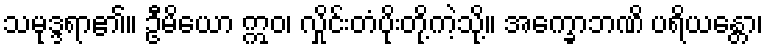
သမုဒ္ဒရာ၏။ ဦမိယော ဣဝ၊ လှိုင်းတံပိုးတို့ကဲ့သို့။ အက္ခောဘဏိ ပရိယန္တော၊